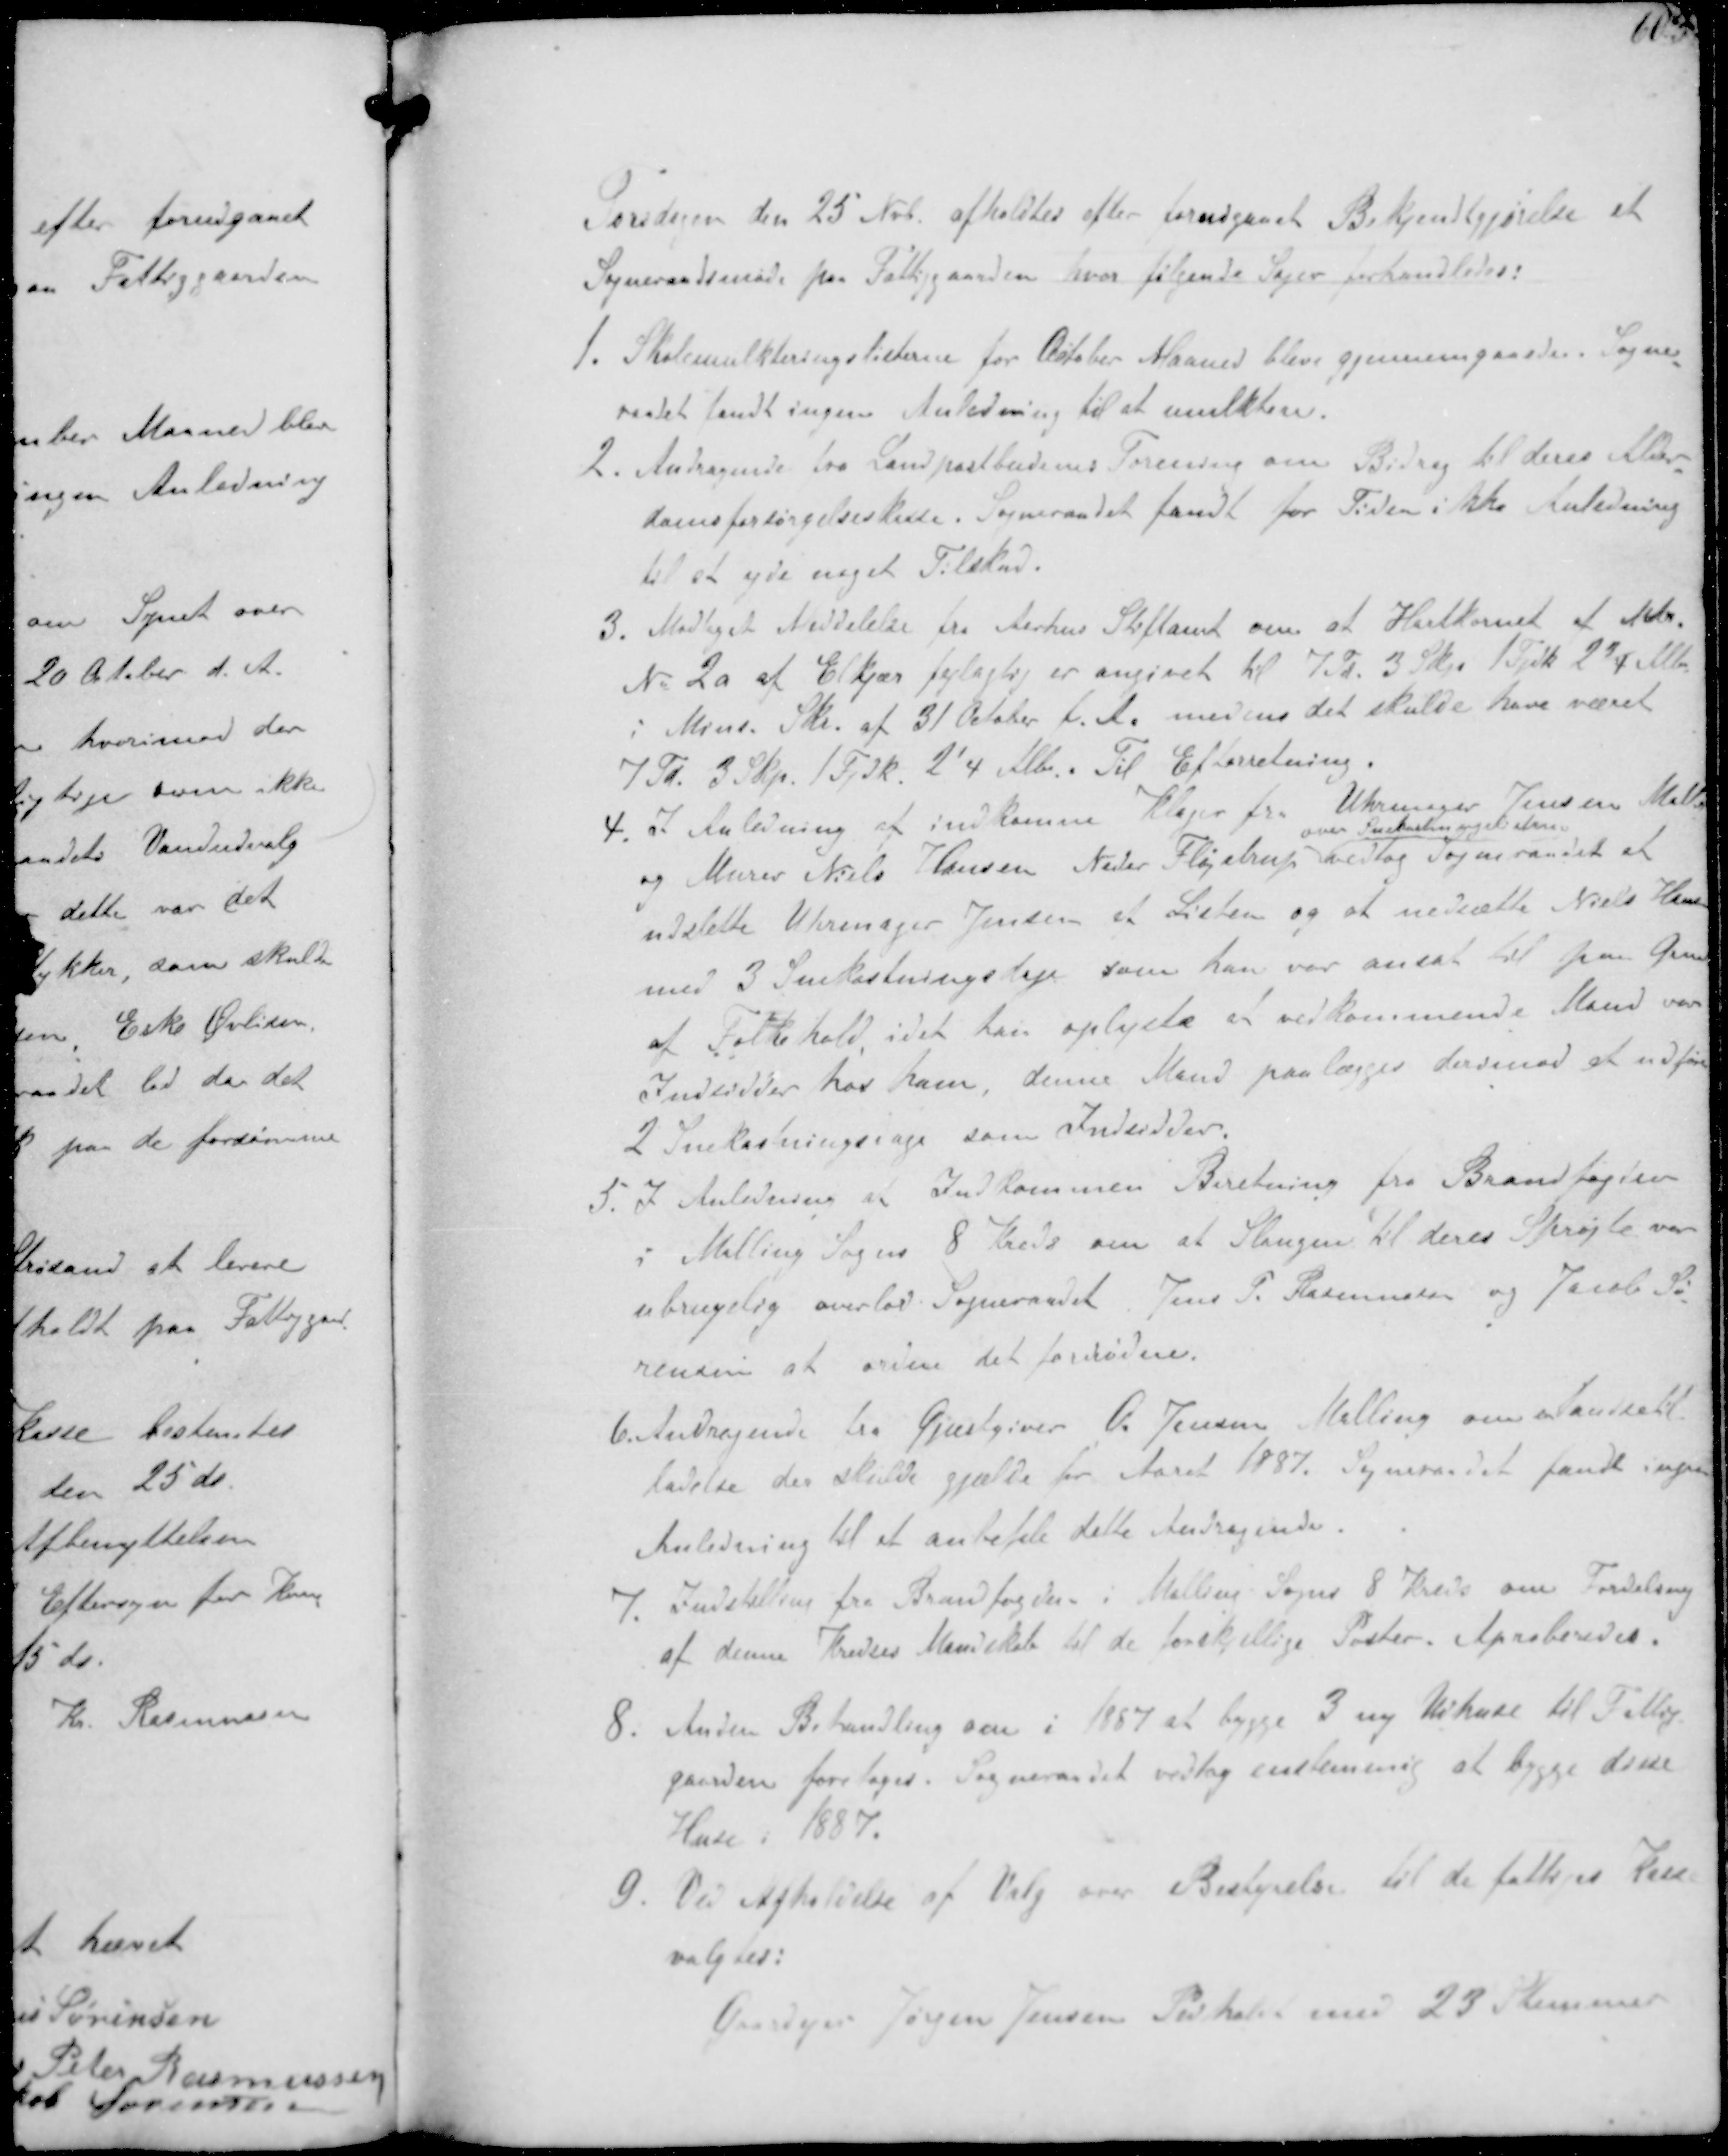
Transskription:
Torsdagen den 25 Nvb. afholdtes efter forudgaaet Bekjendtgørelse et
Sogneraadsmøde paa Fattiggaarden hvor Følgende Sager forhandledes:
1. Skolemulkteringslisterne for October Maaned blev gjennemgaaede Sogne-
raadet fandt ingen Anledning til at mulktere
2. Andragende fra Landpostbudenes Forening om Bidrag til deres Alder-
domsforsørgelseskasse. Sogneraadet fandt for Tiden ikke Anledning
til at yde et Tilskud.
3. Modtaget Meddelese fra Aarhus Stiftamt om at Hartkornet af Mtr
No 2a af Elkær fejlagtig er angivet til 7 Td 3 Skp. 1 Fdk 23/4 Alb
i Mins Skr af 31 Oktober f.A. medens det skulde have været
7 Td 3 Skp 1 Fdk 21/4 Alb. Til Efterretning.
4. I Anledning af indkomne Klager fra Uhrmager Jensen Malling
og Murer Niels Hansen Neder Fløjstrup
over Snekastningslisterne
vedtog Sogneraadet at
udslette Urmager Jensen af Listen og at nedsætte Niels Hansen
med 3 Snekastningsdage som han var ansat til paa Grund
at Folkehold, idet han oplyste at vedkommende Mand var
Indsidder hos ham denne Mand paalægges derimod at udføre
2 Snekasningsdage som Indsidder
5. I Anledning af Indkommen Beretning fra Brandfogden
i Malling Sogns 8 Kreds om at Slangen til deres Sprøjte var
ubrugelig overlod Sogneraadet Jens P Rasmussen og Jakob Sø-
rensen at ordne det fornødne.
6. Andragende fra Gjæstgiver O Jensen Malling om en Handletil-
ladelse der skulde gjælde for Aaret 1887. Sogneraadet fandt ingen
Anledning til at anbefale dette Andragende.
7. Indstilling fra Brandfogden i Malling Sogns 8 Kreds om Fordeling
at denne Kreds Mandskab til de forskellige Poster. Aproberedes.
8. Anden Behandling om i 1887 at bygge 3 ny Udhuse til Fattig-
gaarden foretages. Sogneraadet vedtog enstemmigt at bygge disse
Huse i 1887.
9. Ved Afholdelse af Valg over Bestyrelse til de fattiges Kasse
valges:
Gaardejer Jørgen Jensen Pedholdt med 23 Stemmer